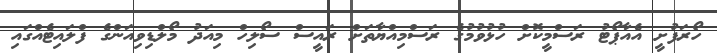
ހޯރަފުށީ އެއާޕޯޓު ރަސްމީކޮށް ހުޅުވުމުގެ ރަސްމިއްޔާތަށް ރައީސް ސޯލިހް މިއަދު މޯލްޑިވިއަންގެ ފްލައިޓެއްގައި